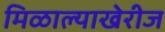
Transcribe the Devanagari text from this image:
मिळाल्याखेरीज